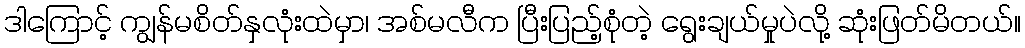
ဒါကြောင့် ကျွန်မစိတ်နှလုံးထဲမှာ၊ အစ်မလီက ပြီးပြည့်စုံတဲ့ ရွေးချယ်မှုပဲလို့ ဆုံးဖြတ်မိတယ်။